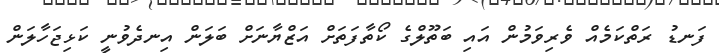
ފަނޑު ރަތްކަމެއް ވެރިވަމުން އައި ބަތޫލްގެ ކޯތާފަތަށް އަޒްޔާނަށް ބަލަން އިނދެވުނީ ކަޅިޖަހާލަން